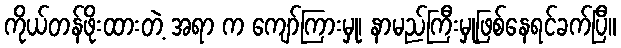
ကိုယ်တန်ဖိုးထားတဲ့ အရာ က ကျော်ကြားမှု၊ နာမည်ကြီးမှုဖြစ်နေရင်ခက်ပြီ။